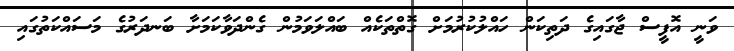
ވަނީ އޮފީސް ޖާގައިގެ ދަތިކަން ހައްލުކުރުމަށް ގޮތްތަކެއް ބައްލަވަމުން ގެންދަވާކަމަށާ ބަނދަރުގެ މަސައްކަތުގައި